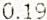
0.19